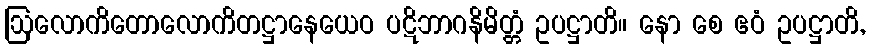
ဩလောကိတောလောကိတဋ္ဌာနေယေဝ ပဋိဘာဂနိမိတ္တံ ဥပဋ္ဌာတိ။ နော စေ ဧဝံ ဥပဋ္ဌာတိ,